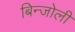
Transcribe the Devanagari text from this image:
बिन्जोली